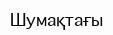
Шумақтағы